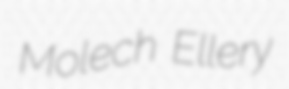
Molech Ellery